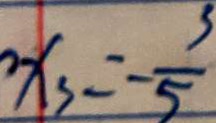
x _ { 3 } = - \frac { 3 } { 5 }